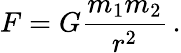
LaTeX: F=G{\frac{m_{1}m_{2}}{r^{2}}}\, .